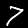
Digit: 7